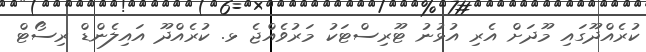
ކުރެއްދޫގައި މޫދަށް އެރި އުޅުނު ޓޫރިސްޓަކު މަރުވެއްޖެ ޅ. ކުރެއްދޫ އައިލެންޑް ރިސޯޓް